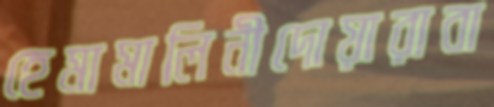
হেমামালিনীদোয়ারাবা